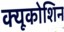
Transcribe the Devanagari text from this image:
क्यूकोशिन